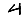
Digit: 4